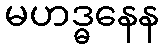
မဟဒ္ဓနေန